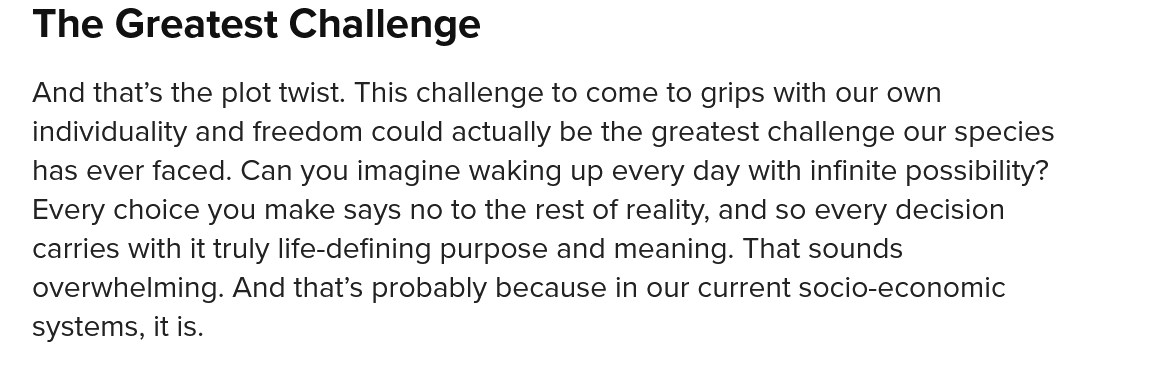
The  Greatest    Challenge
   And that’s the plot twist. This challenge to come to grips with our own
   individuality and freedom could actually be the greatest challenge our species
   has ever faced. Can you imagine waking up every day with infinite possibility?
   Every choice you make says no to the rest of reality, and so every decision
   carries with it truly life-defining purpose and meaning. That sounds
   overwhelming. And that’s probably because in our current socio-economic
   systems, it is.